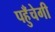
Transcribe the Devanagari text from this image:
पहुँचेगी